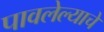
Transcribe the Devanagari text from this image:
पावलेल्याचे